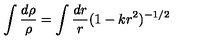
\int \frac { d \rho } { \rho } = \int \frac { d r } { r } ( 1 - k r ^ { 2 } ) ^ { - 1 / 2 }